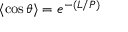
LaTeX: \langle \cos { \theta } \rangle = e ^ { - ( L / P ) }